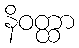
နိဝတ္ထာ